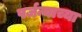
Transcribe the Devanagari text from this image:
पर्जन्याच्या